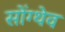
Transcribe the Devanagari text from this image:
सोंग्थेव